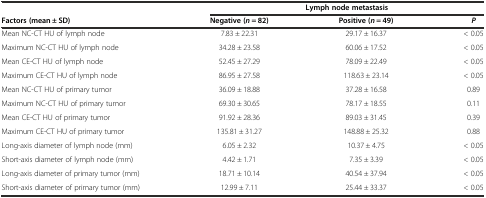
<table><thead><tr><td></td><td colspan="3"><b>Lymph node metastasis</b></td></tr><tr><td><b>Factors (mean ± SD)</b></td><td><b>Negative (<i>n</i> = 82)</b></td><td><b>Positive (<i>n</i> = 49)</b></td><td><b><i>P</i></b></td></tr></thead><tbody><tr><td>Mean NC-CT HU of lymph node</td><td>7.83 ± 22.31</td><td>29.17 ± 16.37</td><td>&lt; 0.05</td></tr><tr><td>Maximum NC-CT HU of lymph node</td><td>34.28 ± 23.58</td><td>60.06 ± 17.52</td><td>&lt; 0.05</td></tr><tr><td>Mean CE-CT HU of lymph node</td><td>52.45 ± 27.29</td><td>78.09 ± 22.49</td><td>&lt; 0.05</td></tr><tr><td>Maximum CE-CT HU of lymph node</td><td>86.95 ± 27.58</td><td>118.63 ± 23.14</td><td>&lt; 0.05</td></tr><tr><td>Mean NC-CT HU of primary tumor</td><td>36.09 ± 18.88</td><td>37.28 ± 16.58</td><td>0.89</td></tr><tr><td>Maximum NC-CT HU of primary tumor</td><td>69.30 ± 30.65</td><td>78.17 ± 18.55</td><td>0.11</td></tr><tr><td>Mean CE-CT HU of primary tumor</td><td>91.92 ± 28.36</td><td>89.03 ± 31.45</td><td>0.39</td></tr><tr><td>Maximum CE-CT HU of primary tumor</td><td>135.81 ± 31.27</td><td>148.88 ± 25.32</td><td>0.88</td></tr><tr><td>Long-axis diameter of lymph node (mm)</td><td>6.05 ± 2.32</td><td>10.37 ± 4.75</td><td>&lt; 0.05</td></tr><tr><td>Short-axis diameter of lymph node (mm)</td><td>4.42 ± 1.71</td><td>7.35 ± 3.39</td><td>&lt; 0.05</td></tr><tr><td>Long-axis diameter of primary tumor (mm)</td><td>18.71 ± 10.14</td><td>40.54 ± 37.94</td><td>&lt; 0.05</td></tr><tr><td>Short-axis diameter of primary tumor (mm)</td><td>12.99 ± 7.11</td><td>25.44 ± 33.37</td><td>&lt; 0.05</td></tr></tbody></table>